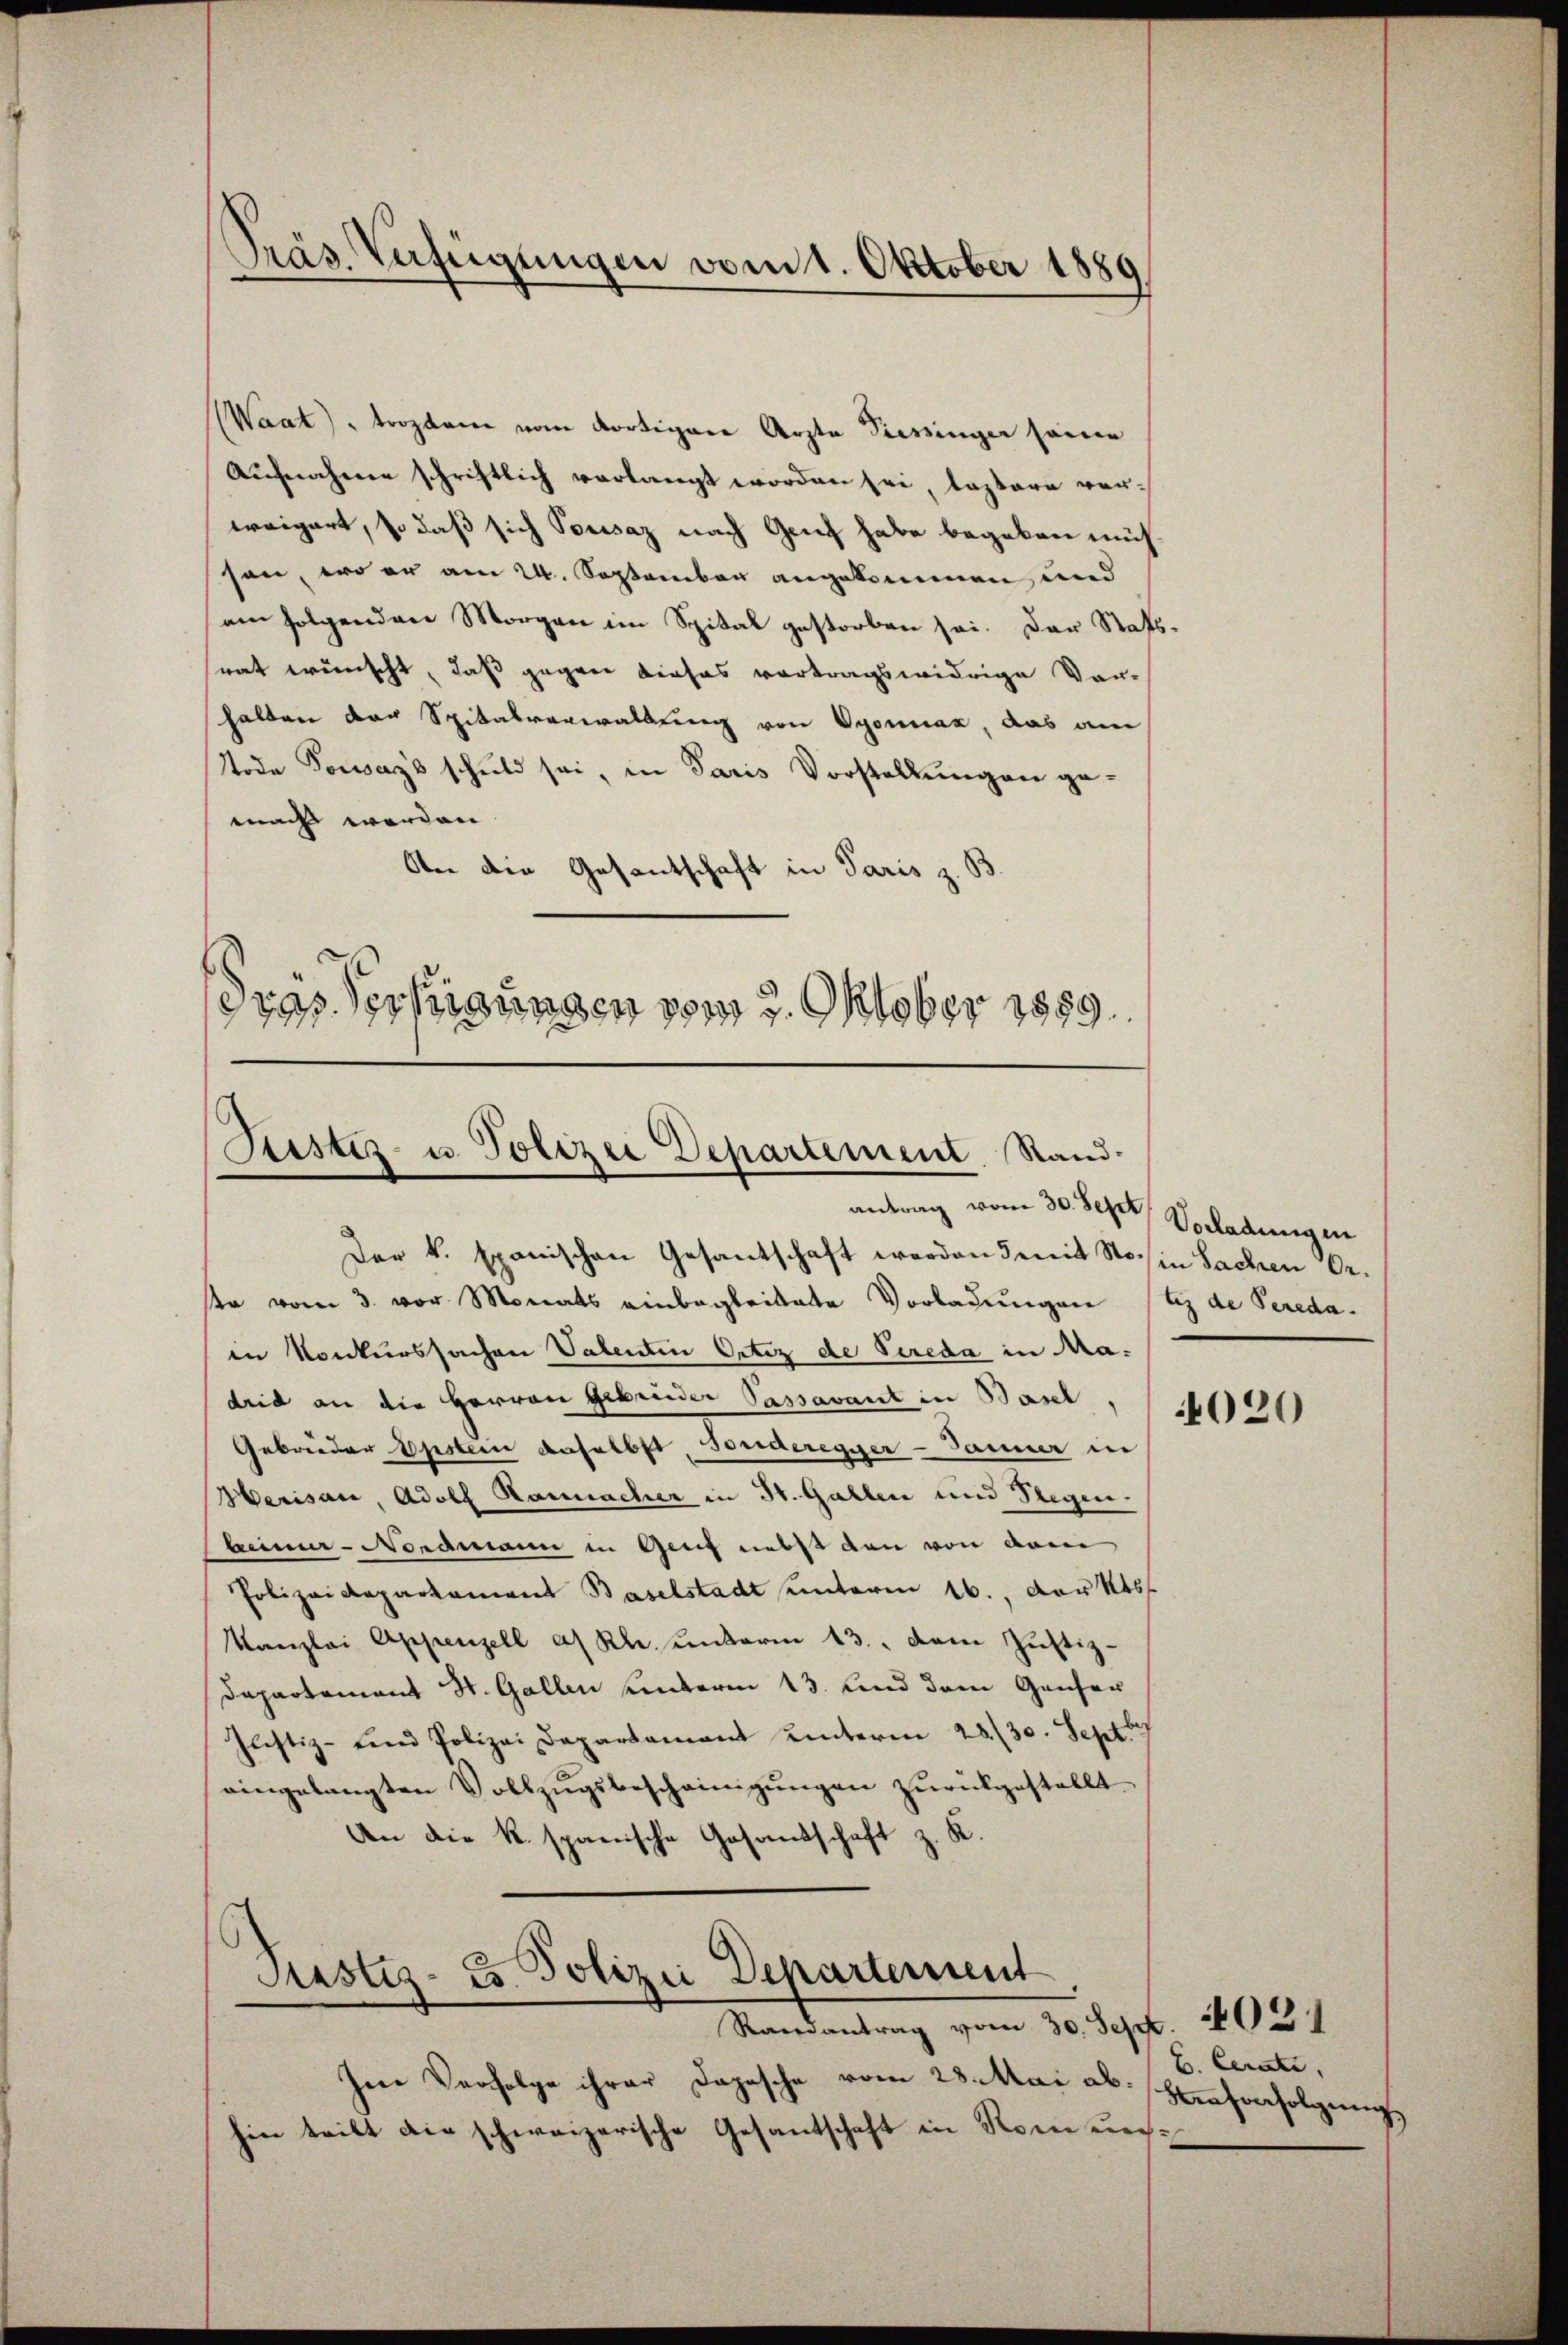
Waat), trostrie vom dortigere Arzte Tessinger seine
Aufnahme schriftlich verlangt worden sei, lastere verweigert, so daß sich Pousaz nach Genf habe begeben müß
son, wo er am 24. September angekommen, und
am folgenden Morgen im Spital gestorben sei. Der Stats-
rat wünscht, daß gegen dieses vortragswidrige Vor-
halten der Spitalverwaltung von Vyonnaz, das am
Tode Vorars schuld sei, in Paris Vorstellungen gemacht worden
An die Gesantschaft in Paris z. B.
dras Verfügungen vom 2. Oktober 1889

Präs. Verfügungen vom 1. Oktober 1889

Listes- u. Polizei Departement. Sand¬

antrag vom 30. Sept. Vorladungen
Der k. spanischen Gesantschaft worden d mit Stos in Sachen Orste vom 3. vor Monats einbegleitete Vorladungen (tz de Peredain Konkurssachen Valenten Ortez de Sereda in Madrid an die Herren Gebrüder Passavant in Basel,
Gebrüder selben daselbst, sonderegger- Jammer in
Herisau, Adolf Hannacher in St. Gallen und Flegen.
heimer - Nordmann in Genf nebst den von dem
Polizeidepartament Baselstadt unterm 16. Der k
Kanzlei Appenzell a/Rh. unterm 13. dem Justiz-
Dapartement St. Gallen unterm 13. und dem Genfer
Justiz- und Polizei Departamant unterm 28./30. Sept.
eingelangten Vollzŭgsbescheinigungen zurückgestellt.
An die K. spanische Gesandschaft z. K.

Justiz- u. Polizei Departement
Randantrag vom 30. Sept. 102.

Im Verfolge ihrer Depesche vom 23. Mai ab. Haferfolgung
hin teilt die schweizerische Gesantschaft in Rom un¬

020

B. Cerati,